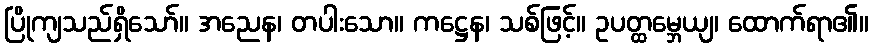
ပြိုကျသည်ရှိသော်။ အညေန၊ တပါးသော။ ကဋ္ဌေန၊ သစ်ဖြင့်။ ဥပတ္ထမ္ဘေယျ၊ ထောက်ရာ၏။